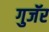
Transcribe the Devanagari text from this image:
गुजॅर